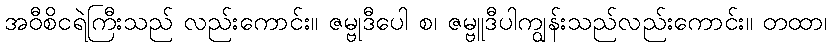
အဝီစိငရဲကြီးသည် လည်းကောင်း။ ဇမ္ဗုဒီပေါ စ၊ ဇမ္ဗူဒီပါကျွန်းသည်လည်းကောင်း။ တထာ၊